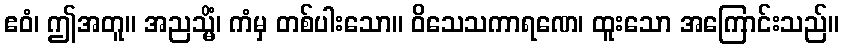
ဧဝံ၊ ဤအတူ။ အညသ္မိံ၊ ကံမှ တစ်ပါးသော။ ဝိသေသကာရဏေ၊ ထူးသော အကြောင်းသည်။